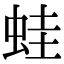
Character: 蛙